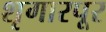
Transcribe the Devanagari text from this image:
शृगारपूर